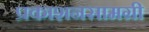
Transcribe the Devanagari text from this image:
प्रकाशनसामग्री